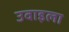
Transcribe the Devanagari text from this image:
उवाइला